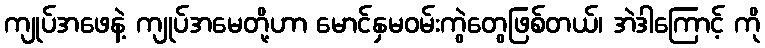
ကျုပ်အဖေနဲ့ ကျုပ်အမေတို့ဟာ မောင်နှမဝမ်းကွဲတွေဖြစ်တယ်၊ အဲဒါကြောင့် ကို